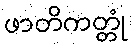
ဖာတိကတ္တုံ